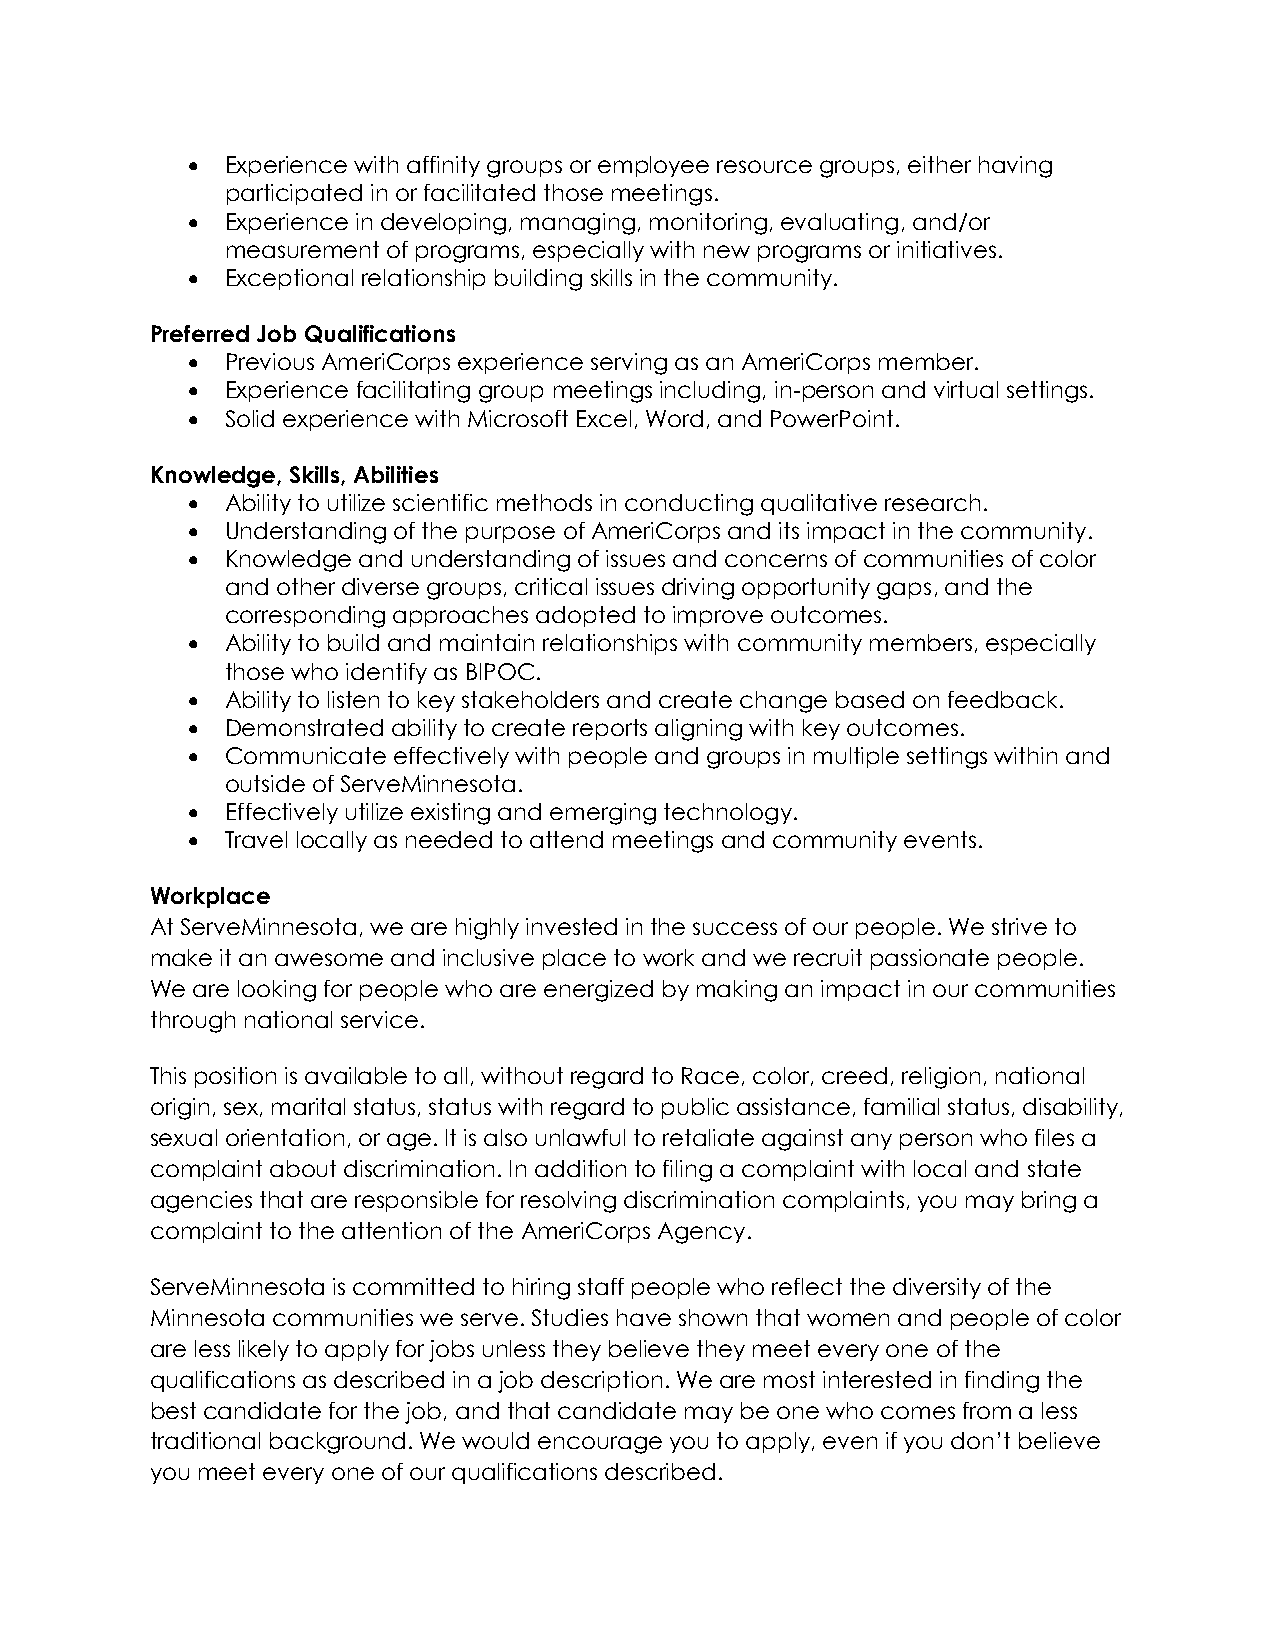
  Experience with affinity groups or employee resource groups, either having
 participated in or facilitated those meetings.
   Experience in developing, managing, monitoring, evaluating, and/or
 measurement of programs, especially with new programs or initiatives.
   Exceptional relationship building skills in the community.
 Preferred Job Qualifications
   Previous AmeriCorps experience serving as an AmeriCorps member.
   Experience facilitating group meetings including, in-person and virtual settings.
   Solid experience with Microsoft Excel, Word, and PowerPoint.
 Knowledge, Skills, Abilities
   Ability to utilize scientific methods in conducting qualitative research.
   Understanding of the purpose of AmeriCorps and its impact in the community.
   Knowledge and understanding of issues and concerns of communities of color
 and other diverse groups, critical issues driving opportunity gaps, and the
 corresponding approaches adopted to improve outcomes.
   Ability to build and maintain relationships with community members, especially
 those who identify as BIPOC.
   Ability to listen to key stakeholders and create change based on feedback.
   Demonstrated ability to create reports aligning with key outcomes.
   Communicate effectively with people and groups in multiple settings within and
 outside of ServeMinnesota.
   Effectively utilize existing and emerging technology.
   Travel locally as needed to attend meetings and community events.
 Workplace
 At ServeMinnesota, we are highly invested in the success of our people. We strive to
 make it an awesome and inclusive place to work and we recruit passionate people.
 We are looking for people who are energized by making an impact in our communities
 through national service.
 This position is available to all, without regard to Race, color, creed, religion, national
 origin, sex, marital status, status with regard to public assistance, familial status, disability,
 sexual orientation, or age. It is also unlawful to retaliate against any person who files a
 complaint about discrimination. In addition to filing a complaint with local and state
 agencies that are responsible for resolving discrimination complaints, you may bring a
 complaint to the attention of the AmeriCorps Agency.
 ServeMinnesota is committed to hiring staff people who reflect the diversity of the
 Minnesota communities we serve. Studies have shown that women and people of color
 are less likely to apply for jobs unless they believe they meet every one of the
 qualifications as described in a job description. We are most interested in finding the
 best candidate for the job, and that candidate may be one who comes from a less
 traditional background. We would encourage you to apply, even if you don’t believe
 you meet every one of our qualifications described.